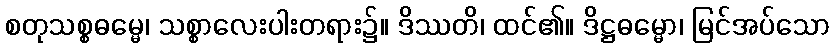
စတုသစ္စဓမ္မေ၊ သစ္စာလေးပါးတရား၌။ ဒိဿတိ၊ ထင်၏။ ဒိဋ္ဌဓမ္မော၊ မြင်အပ်သော